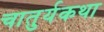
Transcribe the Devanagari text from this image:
चातुर्यकथा